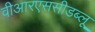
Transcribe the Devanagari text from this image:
वीआरएससीडब्लू